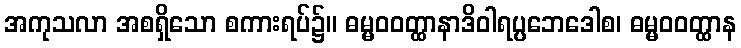
အကုသလာ အစရှိသော စကားရပ်၌။ ဓမ္မဝဝတ္ထာနာဒိဝါရပ္ပဘေဒေါစ၊ ဓမ္မဝဝတ္ထာန